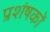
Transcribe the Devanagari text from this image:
प्रशंषकों